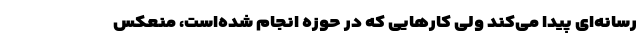
رسانه‌ای پیدا می‌کند ولی کارهایی که در حوزه انجام شده‌است، منعکس